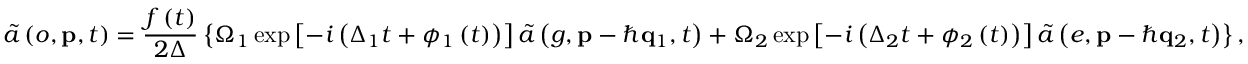
\tilde { a } \left( o , \mathbf { p } , t \right) = \frac { f \left( t \right) } { 2 \Delta } \left\{ \Omega _ { 1 } \exp \left[ - i \left( \Delta _ { 1 } t + \phi _ { 1 } \left( t \right) \right) \right] \tilde { a } \left( g , \mathbf { p } - \hbar \mathbf { q } _ { 1 } , t \right) + \Omega _ { 2 } \exp \left[ - i \left( \Delta _ { 2 } t + \phi _ { 2 } \left( t \right) \right) \right] \tilde { a } \left( e , \mathbf { p } - \hbar \mathbf { q } _ { 2 } , t \right) \right\} ,